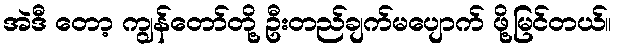
အဲဒီ တော့ ကျွန်တော်တို့ ဦးတည်ချက်မပျောက် ဖို့မြင်တယ်။